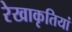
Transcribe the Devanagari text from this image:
रेखाकृतियां